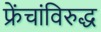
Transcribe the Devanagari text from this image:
फ्रेंचांविरुद्ध